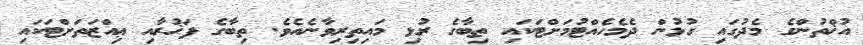
އުޚްތުންގެ މެދުގައި ގުޅުން ދެމެހެއްޓުމަށްޓަކައި ތިބާގެ ރުޅި މައިތިރިވާނެއެވެ. ތިބާގެ ފަޚުރާއި ޢިއްޒަތަށްޓަކައި